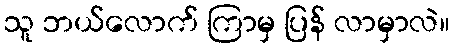
သူ ဘယ်လောက် ကြာမှ ပြန် လာမှာလဲ။